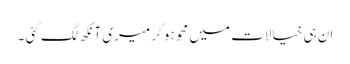
ان ہی خیالات میں محو ہو کر میری آنکھ لگ گئی ۔